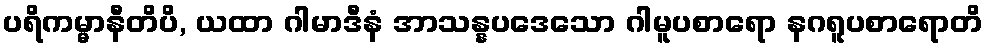
ပရိကမ္မာနီတိပိ, ယထာ ဂါမာဒီနံ အာသန္နပဒေသော ဂါမူပစာရော နဂရူပစာရောတိ